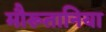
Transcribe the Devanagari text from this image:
मौरूतानिया